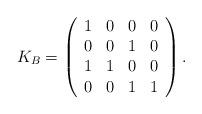
LaTeX: \begin{align*}K_B= \left(\begin{array}{cccc}1 & 0 & 0 & 0 \\0 & 0 & 1 & 0 \\1 & 1 & 0 & 0 \\0 & 0 & 1 & 1 \end{array}\right).\end{align*}